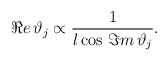
\begin{align*}\Re e\, \vartheta _{j}\propto \frac{1}{l\cos \, \Im m\, \vartheta _{j}}.\end{align*}